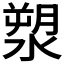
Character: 𣺩